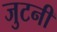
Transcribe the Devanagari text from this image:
जुटनी